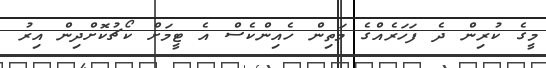
މީގެ ކުރިން ދެ ފަހަރެއްގެ މަތިން ހެއިންކެސް އެ ޓީމަށް ކޯޗުކޮށްދިން އިރު